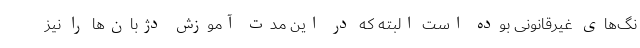
نگ‌های غیرقانونی بوده است البته که در این مدت آموزش دژبان‌ها را نیز